Madras plague regulations in force outside the Presidency town - Volume 5
Disease focus: Plague
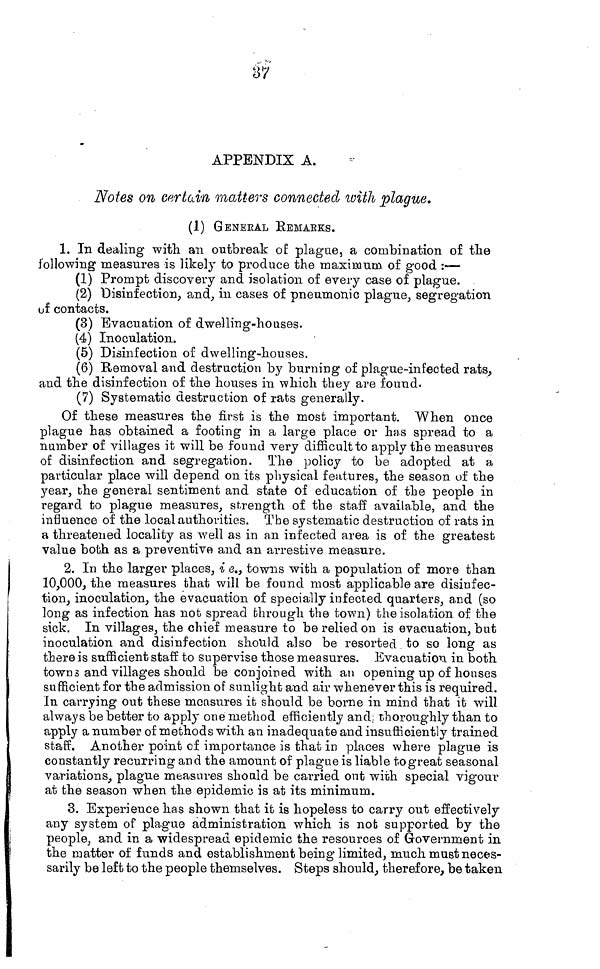
37
APPENDIX A.
Notes on certain matters connected with plague.
(J.) GENERAL REMAKES.
1. In dealing with an outbreak of plague, a combination of the
following measures is like]}' to produce the maximum of good :—
(1) Prompt discovery and isolation of every case of plague.
(2) "Disinfection, and, in cases of pneumonic plague, segregation
of contacts.
(3) Evacuation of dwelling-houses.
(4) Inoculation.
(5) Disinfection of dwelling-houses.
(6) Removal and destruction by burning of plague-infected rats,
and the disinfection of the houses in which they are found.
(7) Systematic destruction of rats generally.
Of these measures the first is the most important. When once
plague has obtained a footing in a large place or has spread to a
number of villages it will be found very difficultto apply the measivres
of disinfection and segregation. The policy to be adopted at a
particular place will dopend on its physical features, the season of the
year, che general sentiment and state of education of the people in
regard to plague measures, strength of the staff available, and the
influence of the local authorities. The systematic destruction of rats in
a threatened locality as well as in an infected area is of the greatest
value both as a preventive and an arrestive measure.
2. In the larger places, i e., towns with a population of more than
10,000, the measures that will be found most applicable are disinfec-
tion, inoculation, the evacuation of specially infected quarters, and (so
long as infection has not spread through the town) the isolation of the
sick. In villages, the chief measure to be relied on is evacuation, but
inoculation and disinfection should also be resorted, to so long as
there is sufficient staff to supervise those measures. Evacuation in both
toWD3 and villages should be conjoined with an opening up of houses
sufficient for the admission of sunlight and air whenever this is required.
In carrying out these measures it should be borne in mind that it will
always be better to apply one method efficiently and. thoroughly than to
apply a number of methods with an inadequate and insufficiently trained
staff. Another point of importance is that in places where plague is
constantly recurring and the amount of plague is liable to great seasonal
variations, plague measures should be carried out with special vigour
at the season when the epidemic is at its minimum.
3. Experience has shown that it is hopeless to carry out effectively
any system of plague administration which is nob supported by the
people, and in a widespread epidemic the resources of Government in
the matter of funds and establishment being limited, much must neces-
sarily be left to the people themselves. Steps should, therefore, be taken